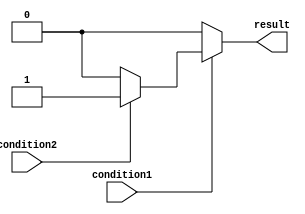
module nested_if_else (
    input wire condition1,
    input wire condition2,
    output wire result
);

  reg temp_result;

  always @* begin
    if (condition1) begin
      if (condition2) begin
        temp_result = 1'b1;
      end
      else begin
        temp_result = 1'b0;
      end
    end
    else begin
      temp_result = 1'b0;
    end
  end

  assign result = temp_result;

endmodule